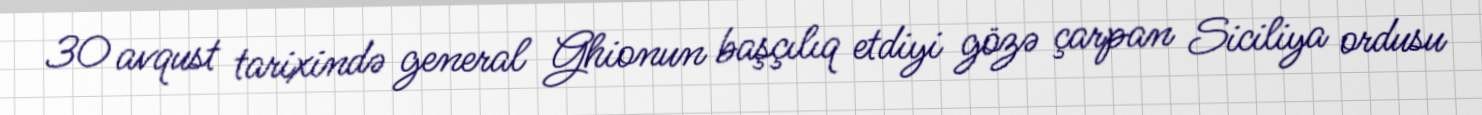
30 avqust tarixində general Ghionun başçılıq etdiyi gözə çarpan Siciliya ordusu